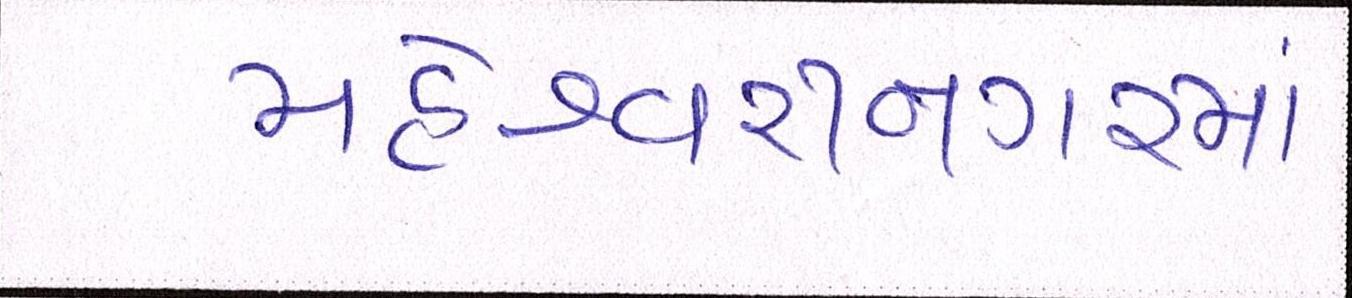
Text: મહેશ્વરીનગરમાં